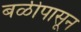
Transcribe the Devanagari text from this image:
बळीपासून